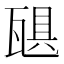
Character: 𪼻